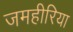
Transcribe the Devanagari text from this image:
जमहीरिया